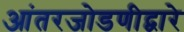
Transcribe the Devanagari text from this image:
आंतरजोडणीद्वारे